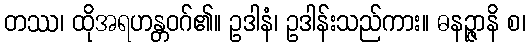
တဿ၊ ထိုအရဟန္တဝဂ်၏။ ဥဒါနံ၊ ဥဒါန်းသည်ကား။ ဓနဉ္ဇာနိ စ၊